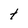
Character: t